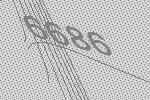
6686